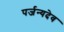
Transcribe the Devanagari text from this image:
पर्जन्यदेव